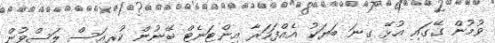
ވުމުން ގޭގައި އުޅޭ ގިނަ ބަޔަކު އެއްފަހަރާ އިންޓަނެޓް ބޭނުން ކުރިއަސް ލަސްވުން